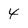
Character: 4